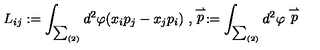
L _ { i j } : = \int _ { \sum _ { ( 2 ) } } d ^ { 2 } \varphi ( x _ { i } p _ { j } - x _ { j } p _ { i } ) \ , \stackrel { \rightharpoonup } { p } : = \int _ { \sum _ { ( 2 ) } } d ^ { 2 } \varphi \stackrel { \rightharpoonup } { p }